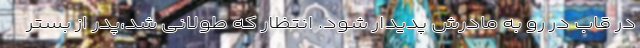
در قاب در رو به مادرش پدیدار شود. انتظار که طولانی شد،پدر از بستر